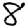
Digit: 8